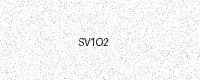
Text: SV1O2